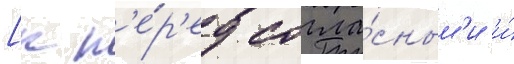
[к п'е́р'ед согла́сным'и и́